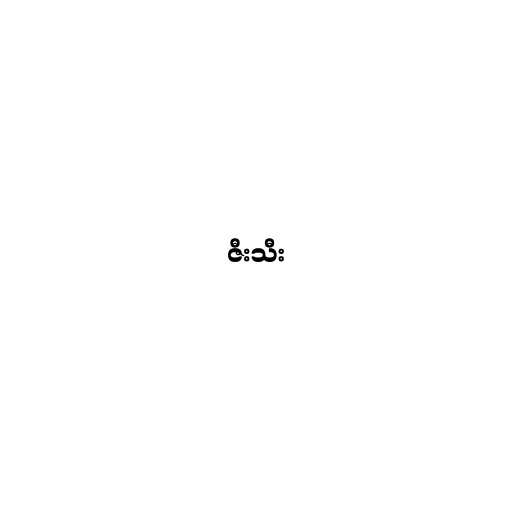
ဇီးသီး